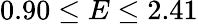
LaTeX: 0.90\leq E\leq 2.41